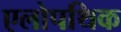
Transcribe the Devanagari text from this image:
एलोपथिक